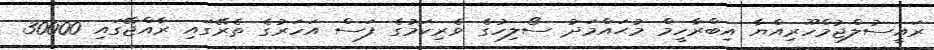
ރައީސުލްޖުމްހޫރިއްޔާ އިބްރާހީމް މުޙައްމަދު ސޯލިހުގެ ވެރިކަމުގެ ފަސް އަހަރުގެ ތެރޭގައި ރާއްޖޭގައި 30000